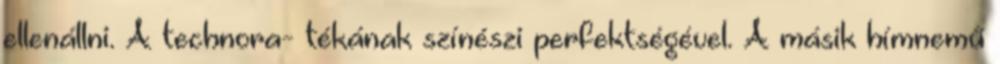
ellenállni. A technora- tékának színészi perfektségével. A másik hímnemű